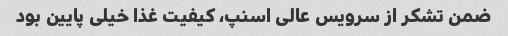
ضمن تشکر از سرویس عالی اسنپ، کیفیت غذا خیلی پایین بود